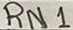
Text: RN1